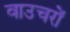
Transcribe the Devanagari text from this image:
वाउचरों